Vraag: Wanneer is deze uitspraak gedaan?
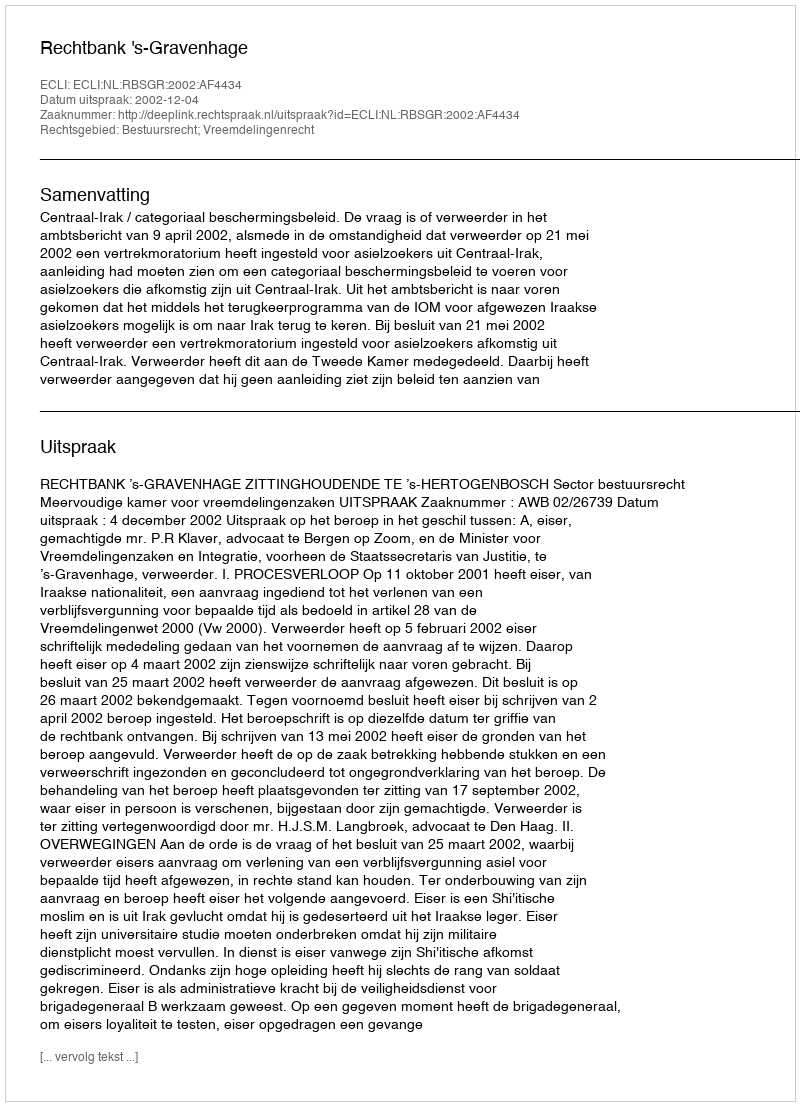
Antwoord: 2002-12-04